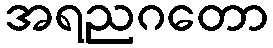
အရညဂတော